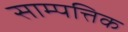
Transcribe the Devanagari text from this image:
साम्पत्तिक